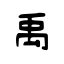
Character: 禹